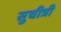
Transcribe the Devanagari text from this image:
सुचीत्री